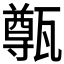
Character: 𤮐